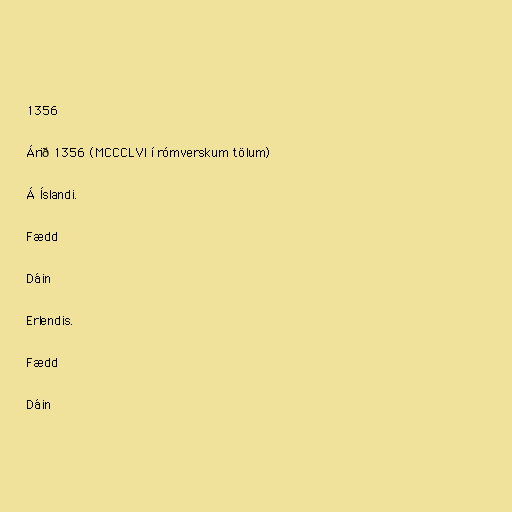
1356

Árið 1356 (MCCCLVI í rómverskum tölum)

Á Íslandi.

Fædd

Dáin

Erlendis.

Fædd

Dáin